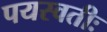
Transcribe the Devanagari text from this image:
पयस्वतीः